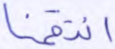
انتقمنا